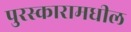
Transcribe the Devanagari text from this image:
पुरस्कारामधील